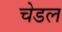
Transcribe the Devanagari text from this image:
चेडल